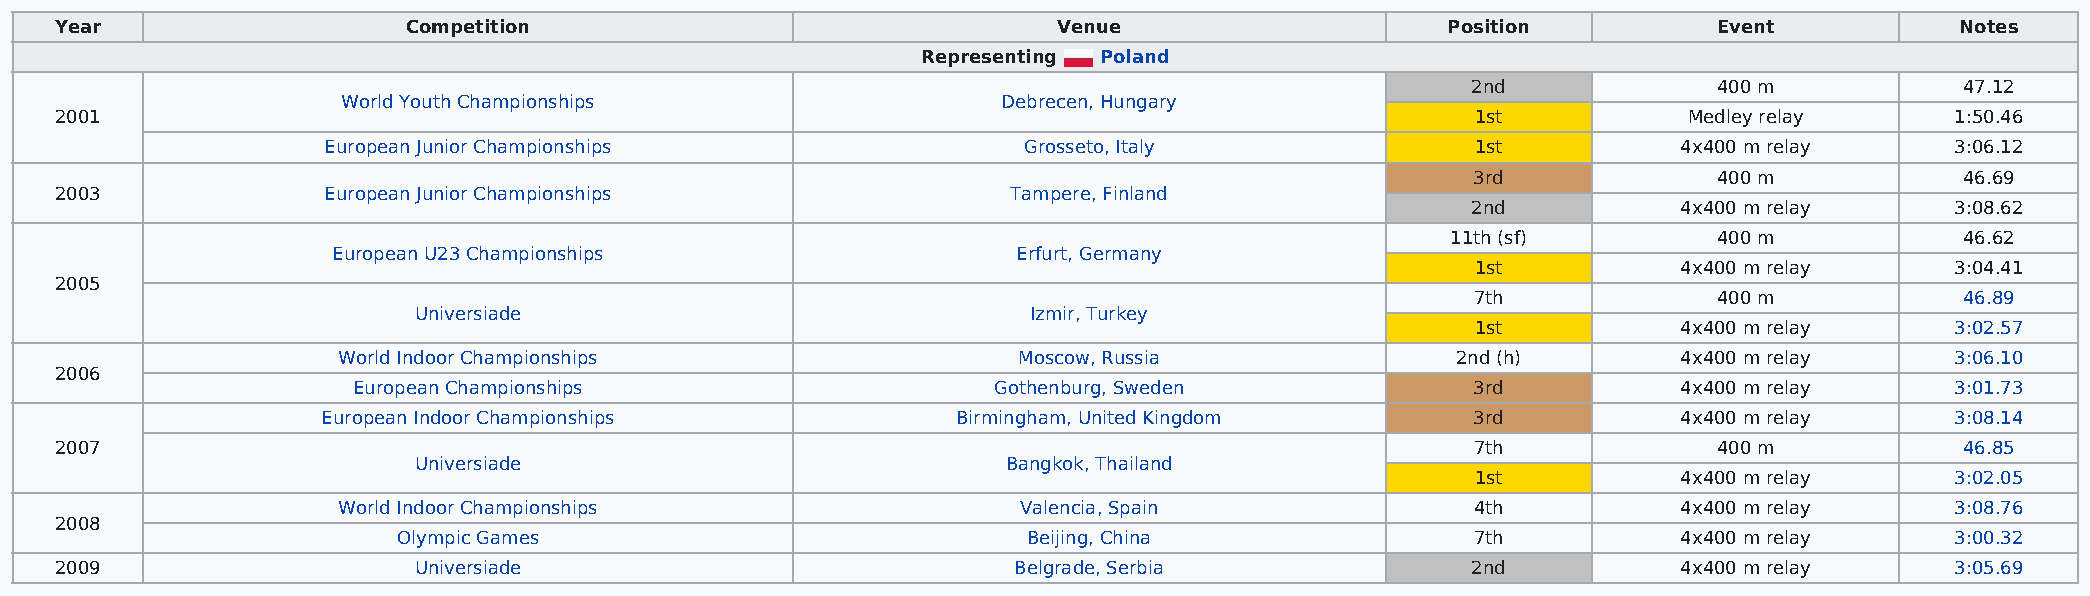
Year                   Competition                                Venue                     Position          Event           Notes
 Representing Poland
 2nd              400 m           47.12
 World Youth Championships                  Debrecen, Hungary
 2001                                                                                          1st           Medley relay     1:50.46
 European Junior Championships                  Grosseto, Italy               1st          4x400 m relay     3:06.12
 3rd             400 m           46.69
 2003             European Junior Championships                 Tampere, Finland
 2nd           4x400 m relay     3:08.62
 11th (sf)         400 m           46.62
 European U23 Championships                   Erfurt, Germany
 1st          4x400 m relay     3:04.41
 2005
 7th             400 m           46.89
 Universiade                              Izmir, Turkey
 1st          4x400 m relay     3:02.57
 World Indoor Championships                   Moscow, Russia               2nd (h)        4x400 m relay     3:06.10
 2006
 European Championships                     Gothenburg, Sweden              3rd          4x400 m relay     3:01.73
 European Indoor Championships             Birmingham, United Kingdom         3rd          4x400 m relay     3:08.14
 2007                                                                                          7th             400 m           46.85
 Universiade                             Bangkok, Thailand
 1st          4x400 m relay     3:02.05
 World Indoor Championships                    Valencia, Spain               4th          4x400 m relay     3:08.76
 2008
 Olympic Games                             Beijing, China                7th          4x400 m relay     3:00.32
 2009                   Universiade                             Belgrade, Serbia              2nd           4x400 m relay     3:05.69